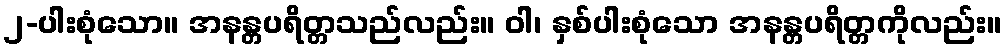
၂-ပါးစုံသော။ အနန္တပရိတ္တသည်လည်း။ ဝါ၊ နှစ်ပါးစုံသော အနန္တပရိတ္တကိုလည်း။